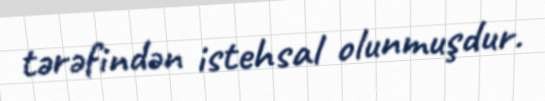
tərəfindən istehsal olunmuşdur.